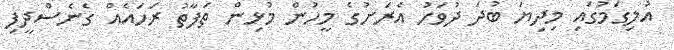
އުލިގަމުގައި މިދިޔަ ބުދަ ދުވަހު އެރަށުގެ މީހުން މުޅިން ތަފާތު ރަހައެއް ގެނެސްދީފި